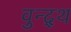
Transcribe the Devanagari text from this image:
वुन्द्थ